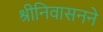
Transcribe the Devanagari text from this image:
श्रीनिवासनने